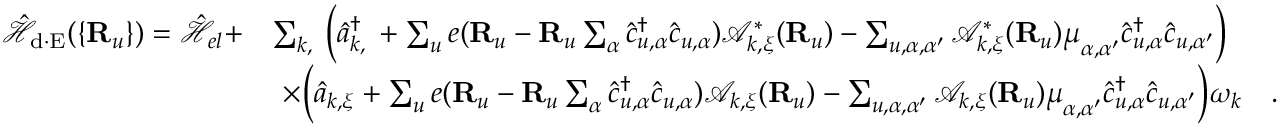
\begin{array} { r l } { \mathcal { \hat { H } } _ { \mathrm { d \cdot E } } ( \{ { \bf R } _ { u } \} ) = \mathcal { \hat { H } } _ { e l } + } & { \sum _ { { \boldsymbol k } , { \bf \xi } } \Big ( \hat { a } _ { { \boldsymbol k } , { \bf \xi } } ^ { \dagger } + \sum _ { u } e ( { \bf R } _ { u } - { \bf R } _ { u } \sum _ { \alpha } \hat { c } _ { u , \alpha } ^ { \dagger } \hat { c } _ { u , \alpha } ) \mathcal { A } _ { { \boldsymbol k } , { \boldsymbol \xi } } ^ { * } ( { \bf R } _ { u } ) - \sum _ { u , \alpha , \alpha ^ { \prime } } \mathcal { A } _ { { \boldsymbol k } , { \boldsymbol \xi } } ^ { * } ( { \bf R } _ { u } ) { \boldsymbol \mu } _ { \alpha , \alpha ^ { \prime } } \hat { c } _ { u , \alpha } ^ { \dagger } \hat { c } _ { u , \alpha ^ { \prime } } \Big ) } \\ & { ~ \times \Big ( \hat { a } _ { { \boldsymbol k } , { \boldsymbol { \xi } } } + \sum _ { u } e ( { \bf R } _ { u } - { \bf R } _ { u } \sum _ { \alpha } \hat { c } _ { u , \alpha } ^ { \dagger } \hat { c } _ { u , \alpha } ) \mathcal { A } _ { { \boldsymbol k } , { \boldsymbol \xi } } ( { \bf R } _ { u } ) - \sum _ { u , \alpha , \alpha ^ { \prime } } \mathcal { A } _ { { \boldsymbol k } , { \boldsymbol \xi } } ( { \bf R } _ { u } ) { \boldsymbol \mu } _ { \alpha , \alpha ^ { \prime } } \hat { c } _ { u , \alpha } ^ { \dagger } \hat { c } _ { u , \alpha ^ { \prime } } \Big ) \omega _ { \boldsymbol k } ~ ~ ~ . } \end{array}